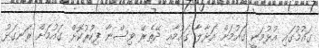
ގައުމުގައި އުޅުމަކީ ގައުމަށް އަޅާލާ ގައުމާއި ދޭތެރޭ ވިސްނާ ފިކުރުކޮށް ގައުމަށް ރަނގަޅު